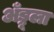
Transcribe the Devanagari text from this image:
अँड्रूला